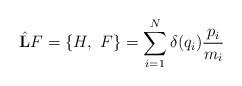
LaTeX: \begin{align*}\hat{\mathbf{L}}F = \{H,\ F\} = \sum_{i=1}^N\delta(q_i)\frac{p_i}{m_i}\end{align*}